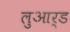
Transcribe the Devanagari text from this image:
लुआर्ड